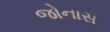
જોનાસ